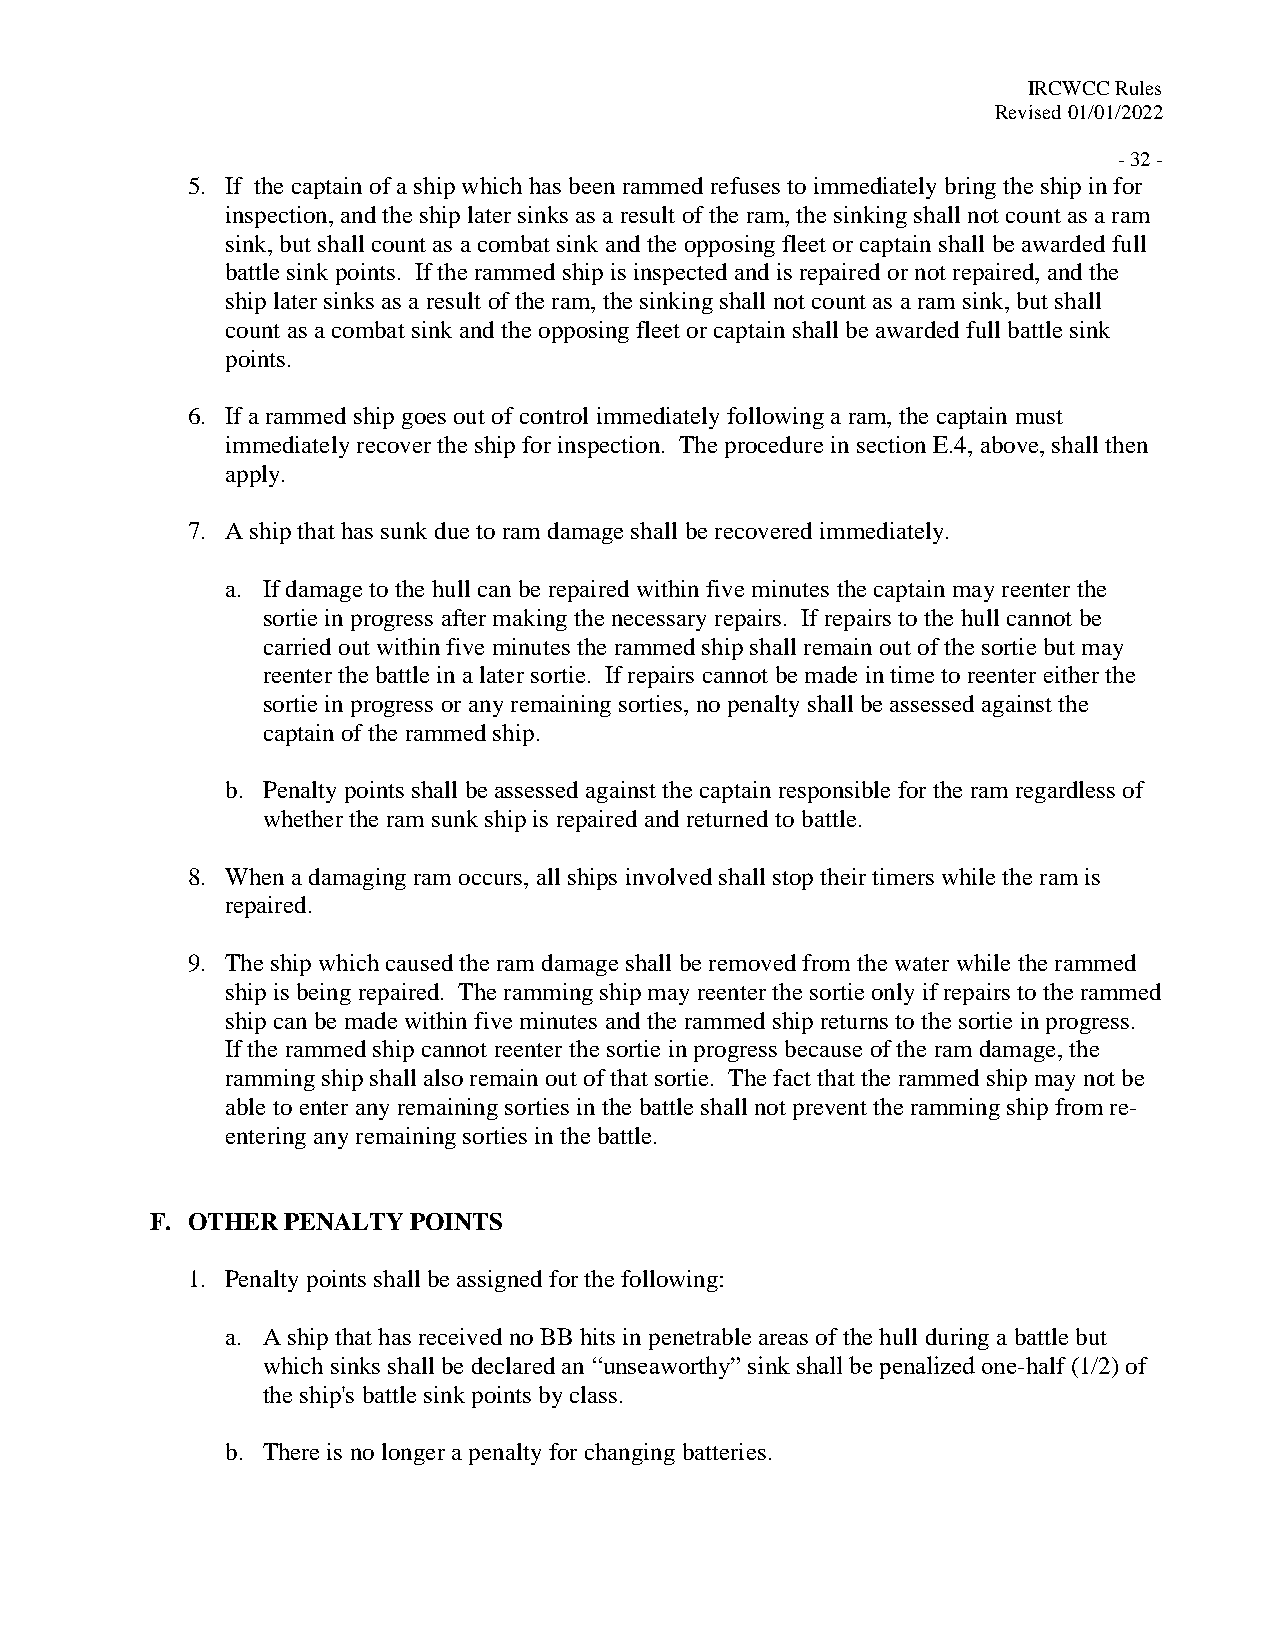
IRCWCC Rules
 Revised 01/01/2022
 - 32 -
 5. If the captain of a ship which has been rammed refuses to immediately bring the ship in for
 inspection, and the ship later sinks as a result of the ram, the sinking shall not count as a ram
 sink, but shall count as a combat sink and the opposing fleet or captain shall be awarded full
 battle sink points. If the rammed ship is inspected and is repaired or not repaired, and the
 ship later sinks as a result of the ram, the sinking shall not count as a ram sink, but shall
 count as a combat sink and the opposing fleet or captain shall be awarded full battle sink
 points.
 6. If a rammed ship goes out of control immediately following a ram, the captain must
 immediately recover the ship for inspection. The procedure in section E.4, above, shall then
 apply.
 7. A ship that has sunk due to ram damage shall be recovered immediately.
 a. If damage to the hull can be repaired within five minutes the captain may reenter the
 sortie in progress after making the necessary repairs. If repairs to the hull cannot be
 carried out within five minutes the rammed ship shall remain out of the sortie but may
 reenter the battle in a later sortie. If repairs cannot be made in time to reenter either the
 sortie in progress or any remaining sorties, no penalty shall be assessed against the
 captain of the rammed ship.
 b. Penalty points shall be assessed against the captain responsible for the ram regardless of
 whether the ram sunk ship is repaired and returned to battle.
 8. When a damaging ram occurs, all ships involved shall stop their timers while the ram is
 repaired.
 9. The ship which caused the ram damage shall be removed from the water while the rammed
 ship is being repaired. The ramming ship may reenter the sortie only if repairs to the rammed
 ship can be made within five minutes and the rammed ship returns to the sortie in progress.
 If the rammed ship cannot reenter the sortie in progress because of the ram damage, the
 ramming ship shall also remain out of that sortie. The fact that the rammed ship may not be
 able to enter any remaining sorties in the battle shall not prevent the ramming ship from re-
 entering any remaining sorties in the battle.
 F. OTHER PENALTY POINTS
 1. Penalty points shall be assigned for the following:
 a. A ship that has received no BB hits in penetrable areas of the hull during a battle but
 which sinks shall be declared an “unseaworthy” sink shall be penalized one-half (1/2) of
 the ship's battle sink points by class.
 b. There is no longer a penalty for changing batteries.